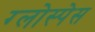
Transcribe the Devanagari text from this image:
ग्लोस्पेस